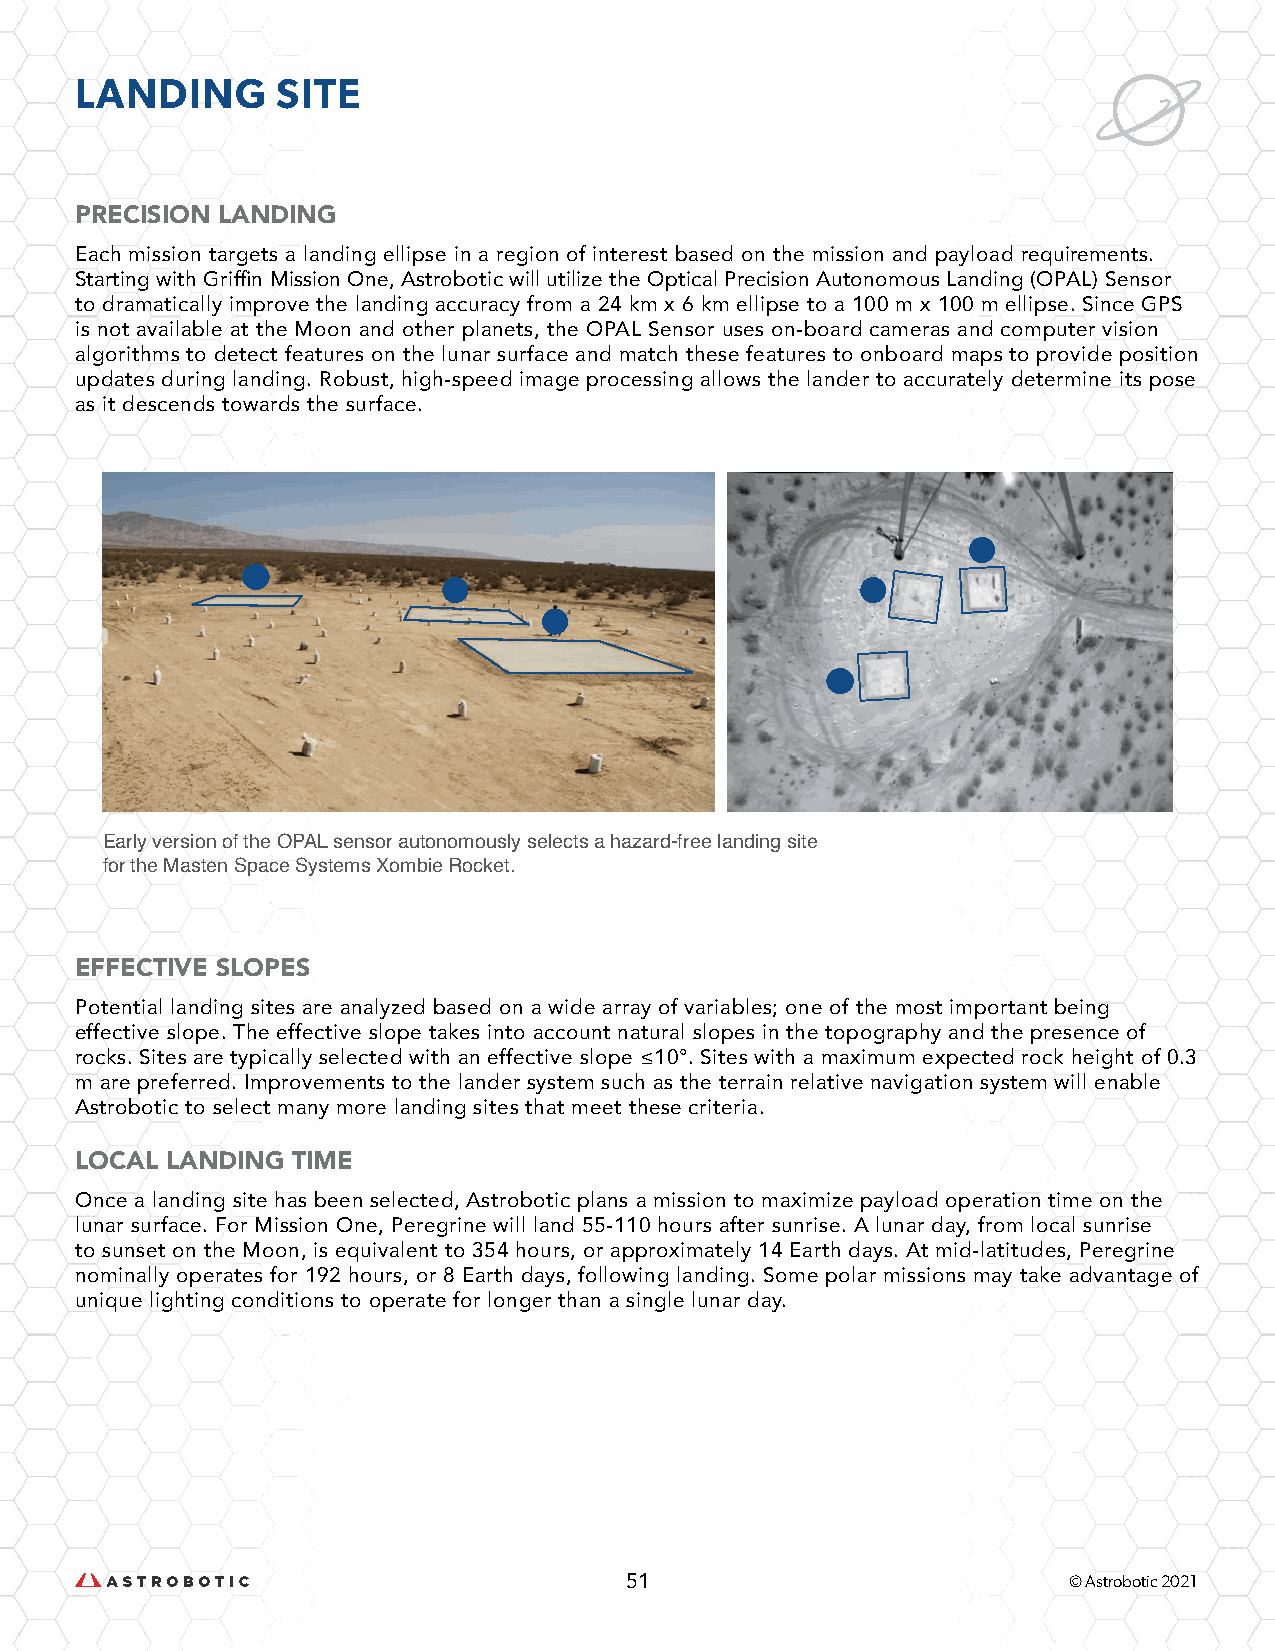
LANDING      SITE
 PRECISION LANDING
 Each mission targets a landing ellipse in a region of interest based on the mission and payload requirements.
 Starting with Griffin Mission One, Astrobotic will utilize the Optical Precision Autonomous Landing (OPAL) Sensor
 to dramatically improve the landing accuracy from a 24 km x 6 km ellipse to a 100 m x 100 m ellipse. Since GPS
 is not available at the Moon and other planets, the OPAL Sensor uses on-board cameras and computer vision
 algorithms to detect features on the lunar surface and match these features to onboard maps to provide position
 updates during landing. Robust, high-speed image processing allows the lander to accurately determine its pose
 as it descends towards the surface.
 Early version of the OPAL sensor autonomously selects a hazard-free landing site
 for the Masten Space Systems Xombie Rocket.
 EFFECTIVE SLOPES
 Potential landing sites are analyzed based on a wide array of variables; one of the most important being
 effective slope. The effective slope takes into account natural slopes in the topography and the presence of
 rocks. Sites are typically selected with an effective slope ≤10°. Sites with a maximum expected rock height of 0.3
 m are preferred. Improvements to the lander system such as the terrain relative navigation system will enable
 Astrobotic to select many more landing sites that meet these criteria.
 LOCAL LANDING TIME
 Once a landing site has been selected, Astrobotic plans a mission to maximize payload operation time on the
 lunar surface. For Mission One, Peregrine will land 55-110 hours after sunrise. A lunar day, from local sunrise
 to sunset on the Moon, is equivalent to 354 hours, or approximately 14 Earth days. At mid-latitudes, Peregrine
 nominally operates for 192 hours, or 8 Earth days, following landing. Some polar missions may take advantage of
 unique lighting conditions to operate for longer than a single lunar day.
 51                            © Astrobotic 2021